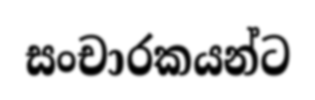
සංචාරකයන්ට